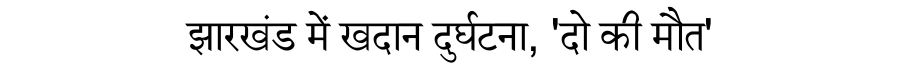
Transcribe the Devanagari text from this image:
झारखंड में खदान दुर्घटना, 'दो की मौत'